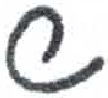
אות: ש